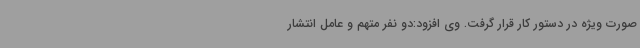
صورت ویژه در دستور کار قرار گرفت. وی افزود:دو نفر متهم و عامل انتشار